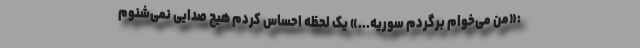
:«من می‌خوام برگردم سوریه...» یک لحظه احساس کردم هیچ صدایی نمی‌شنوم